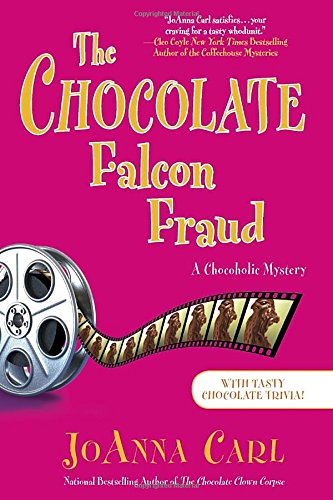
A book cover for The Chocolate Falcon Fraud: A Chocoholic Mystery; JoAnna Carl; Mystery, Thriller & Suspense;